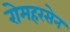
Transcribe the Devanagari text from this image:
रोमहरसेन